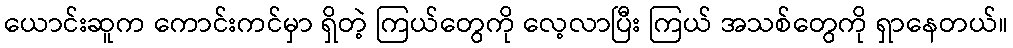
ယောင်းဆူက ကောင်းကင်မှာ ရှိတဲ့ ကြယ်တွေကို လေ့လာပြီး ကြယ် အသစ်တွေကို ရှာနေတယ်။